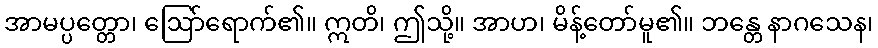
အာမပ္ပတ္တော၊ ဩော်ရောက်၏။ ဣတိ၊ ဤသို့။ အာဟ၊ မိန့်တော်မူ၏။ ဘန္တေ နာဂသေန၊